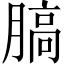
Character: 䐧